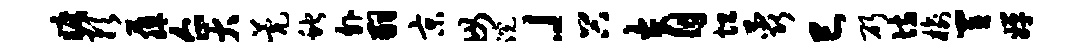
旷预藤企大甍蛇外嗣京毋浣」谷育坦蕊巳斫坊榆置婵